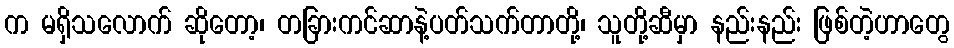
က မရှိသလောက် ဆိုတော့၊ တခြားကင်ဆာနဲ့ပတ်သက်တာတို့၊ သူတို့ဆီမှာ နည်းနည်း ဖြစ်တဲ့ဟာတွေ